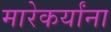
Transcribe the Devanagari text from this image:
मारेकर्यांना